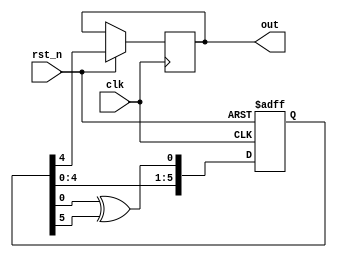
module lab2_3 (clk, rst_n, out); 
	input clk, rst_n;
	output reg out;
    reg [5:0] F;

	always @(posedge clk or negedge rst_n) begin
		if (rst_n == 1'b0) begin
			// reset
			F = 6'b000001;
		end
		else begin
			F = {F[4:0], F[0]^F[5]};
			out = F[5];
		end
	end
endmodule